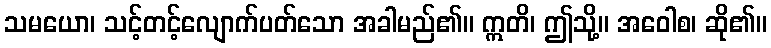
သမယော၊ သင့်တင့်လျောက်ပတ်သော အခါမည်၏။ ဣတိ၊ ဤသို့။ အဝေါစ၊ ဆို၏။